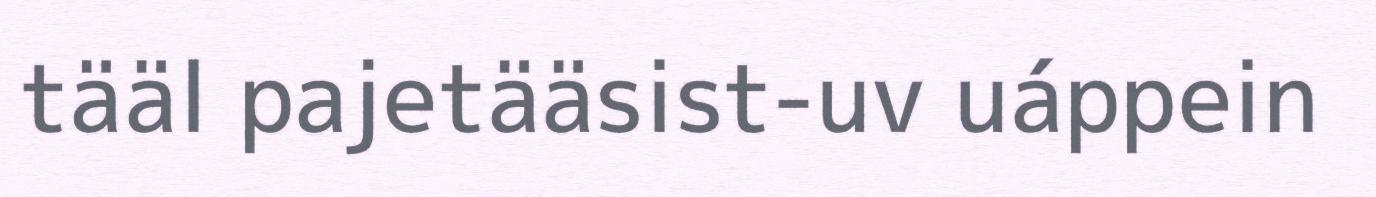
tääl pajetääsist-uv uáppein